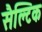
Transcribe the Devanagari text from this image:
सैल्टिक